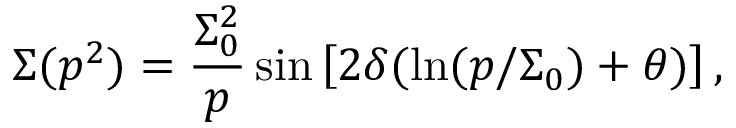
\Sigma ( p ^ { 2 } ) = \frac { \Sigma _ { 0 } ^ { 2 } } { p } \sin \left[ 2 \delta ( \ln ( p / \Sigma _ { 0 } ) + \theta ) \right] ,